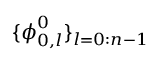
\{ \boldsymbol { \phi } _ { 0 , l } ^ { 0 } \} _ { l = 0 : n - 1 }